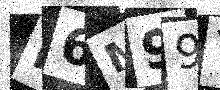
Text: R6M99Y